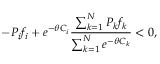
- P _ { i } f _ { i } + e ^ { - \theta C _ { i } } \frac { \sum _ { k = 1 } ^ { N } P _ { k } f _ { k } } { \sum _ { k = 1 } ^ { N } e ^ { - \theta C _ { k } } } < 0 ,